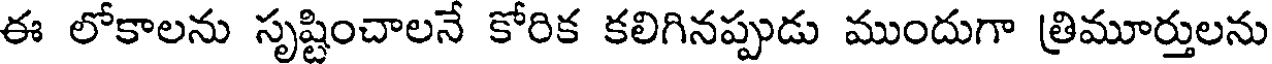
ఈ లోకాలను సృష్టించాలనే కోరిక కలిగినప్పుడు ముందుగా త్రిమూర్తులను